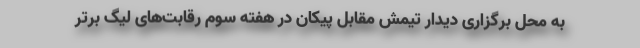
به محل برگزاری دیدار تیمش مقابل پیکان در هفته سوم رقابت‌های لیگ برتر